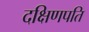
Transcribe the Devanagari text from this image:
दक्षिणपति